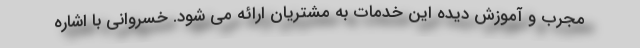
مجرب و آموزش دیده این خدمات به مشتریان ارائه می شود. خسروانی با اشاره